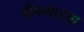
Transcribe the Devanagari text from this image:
जीपगाड्या